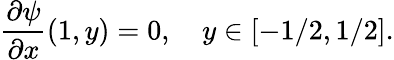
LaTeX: \frac{\partial\psi}{\partial x}(1,y)=0,~~~~y\in[-1/2,1/2].